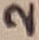
Text: 2